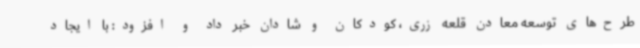
طرح‌های توسعه معادن قلعه زری، کودکان و شادان خبر داد و افزود: با ایجاد